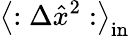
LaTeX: \left\langle:\Delta\hat{x}^{2}:\right\rangle_{\mathrm{in}}